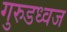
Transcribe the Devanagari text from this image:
गुरुडध्वज